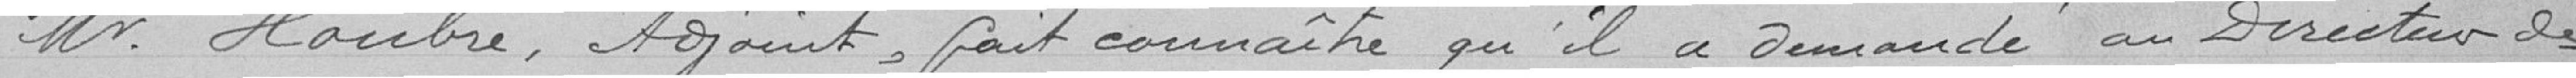
Monsieur Houbre, Adjoint, fait connaître qu'il a demandé au Directeur des